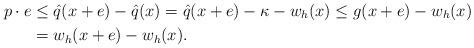
LaTeX: \begin{align*}p \cdot e & \leq \hat{q}(x+e) - \hat{q}(x) = \hat{q}(x+e) -\kappa -w_h(x) \leq g(x+e) -w_h(x)\\& = w_h(x+e) -w_h(x).\end{align*}